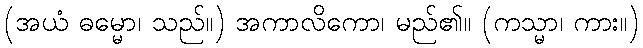
(အယံ ဓမ္မော၊ သည်။) အကာလိကော၊ မည်၏။ (ကသ္မာ၊ ကား။)